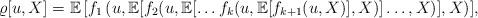
LaTeX: \begin{align*}\varrho[u,X] = \mathbb{E}\left[f_1 \left(u,\mathbb{E}[f_2(u,\mathbb{E}[\ldots f_k(u,\mathbb{E}[f_{k+1}(u,X)],X \right) \right] \ldots,X)],X)],\end{align*}